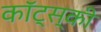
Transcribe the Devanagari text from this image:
कॉट्स्की